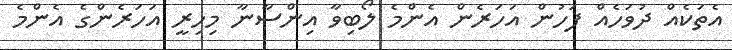
އެތަކެއް ދުވަހެއް ފަހުން އަހަރެން އެންމެ ލޯބިވާ އިންސާނާ މިހިރީ އަހަރެންގެ އެންމެ